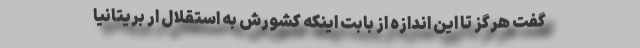
گفت هرگز تا این اندازه از بابت اینکه کشورش به استقلال ار بریتانیا